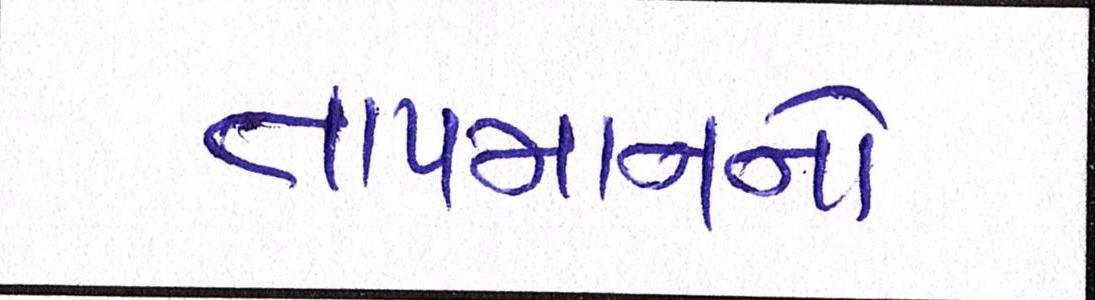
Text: તાપમાનનો